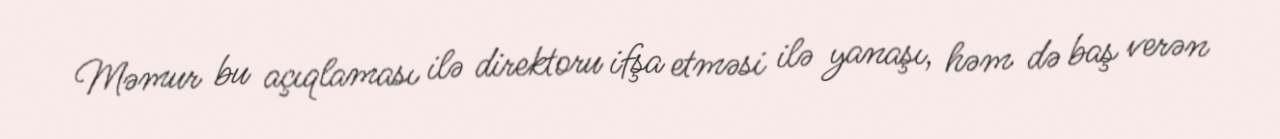
Məmur bu açıqlaması ilə direktoru ifşa etməsi ilə yanaşı, həm də baş verən